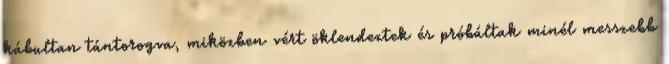
kábultan tántorogva, miközben vért öklendeztek és próbáltak minél messzebb